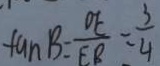
\tan B = \frac { O E } { E B } = \frac { 3 } { 4 }